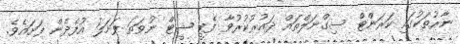
ނާރުތަކުގައި ކަރަންޓް ސިގްނަލްތައް ދައުރުކުރުވާ ފެޓީ ޝީޓް ނުވަތަ ފަށަލަ އުފެދެން ފަށައެވެ.